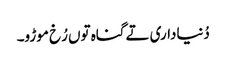
دُنیاداری تے گناہ توں رُخ موڑو۔